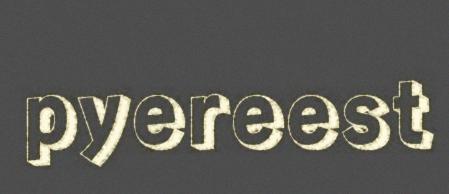
pyereest